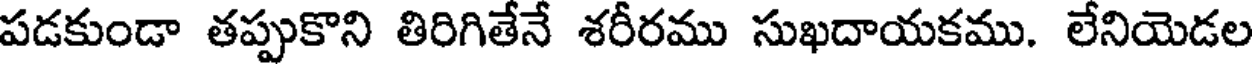
పడకుండా తప్పుకొని తిరిగితేనే శరీరము సుఖదాయకము. లేనియెడల